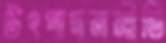
উৎপাদননীতি